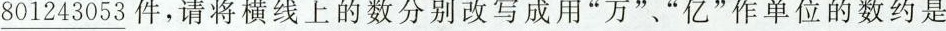
\underline{801243053}，请将横线上的数分别改写成用”万”、”亿”作单位的数约是